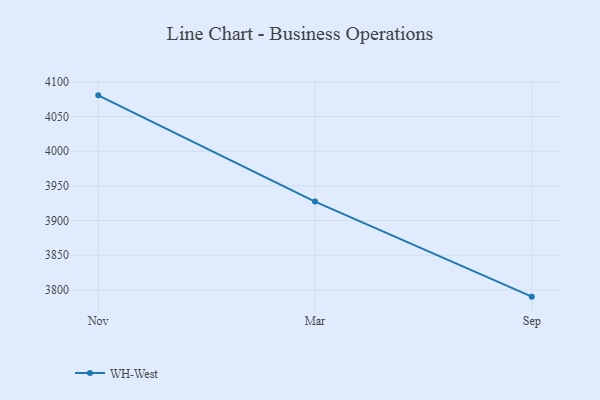
{"axis": {"x": "Month", "y": "Operating Costs (USD K)"}, "legend": ["WH-West"], "data": [{"x": "Nov", "y": 4080.5, "type": "WH-West"}, {"x": "Mar", "y": 3927.3, "type": "WH-West"}, {"x": "Sep", "y": 3790.2, "type": "WH-West"}]}